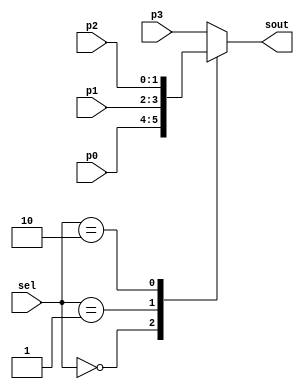
module mux4to1(
    input [1:0]     sel ,
    input [1:0]     p0 ,
    input [1:0]     p1 ,
    input [1:0]     p2 ,
    input [1:0]     p3 ,
    output [1:0]    sout);
 
    reg [1:0]     sout_t ;
    always @(*)
        case(sel)
            2'b00:   begin      
                    sout_t = p0 ;
                end
            2'b01:       sout_t = p1 ;
            2'b10:       sout_t = p2 ;
            default:     sout_t = p3 ;
        endcase
    assign sout = sout_t ;
 
endmodule